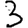
Digit: 3